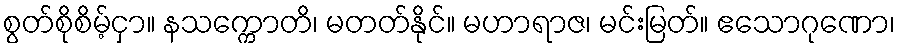
စွတ်စိုစိမ့်ငှာ။ နသက္ကောတိ၊ မတတ်နိုင်။ မဟာရာဇ၊ မင်းမြတ်။ ဧသောဂုဏော၊